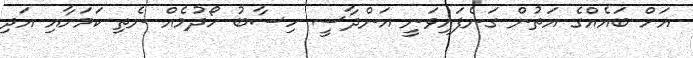
އަށް ބައެއްގެ އަތުން ގަނެފައިވަނީ އަންދާސީ ހިސާބު ހޯދުމެއް ނެތި ކަމަށާއި އަދި